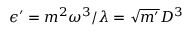
\epsilon ^ { \prime } = m ^ { 2 } \omega ^ { 3 } / \lambda = \sqrt { m ^ { \prime } } D ^ { 3 }